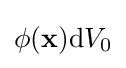
\phi (\mathbf {x} )\mathrm {d} V_{0}